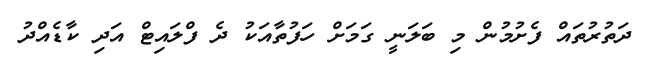
ދަތުރުތައް ފެށުމުން މި ބަލަނީ ގަމަށް ހަފުތާއަކު ދެ ފްލައިޓް އަދި ކާޑެއްދު